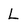
Character: L